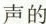
声的